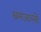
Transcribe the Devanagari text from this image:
भ्रमजालों